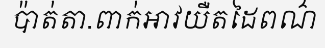
ប៉ាត់តា.ពាក់អាវយឺតដៃពណ៌